Rangoon Lunatic Asylum 1878-1892 - 1878-1892
Year: 1878
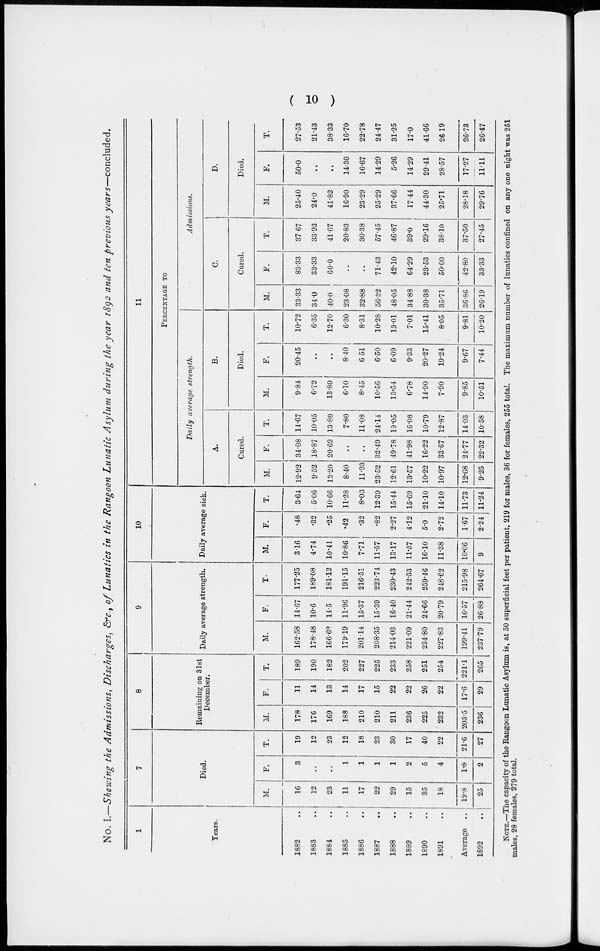
( 10 )
No. I.—Showing the Admissions, Discharges, &c., of Lunatics in the Rangoon Lunatic Asylum during the year 1892 and ten previous years—concluded.
1
Years.
1882 ..
1883 ..
1884 ..
1885 ..
1886 ..
1887 ..
1888 ..
1889
..
1890 ..
1891 ..
Average ..
1892 ..
7
Died.
M.
16
12
23
11
17
22
29
15
35
18
19.8
25
F.
3
..
..
1
1
1
1
2
5
4
1.8
2
T.
19
12
23
12
18
23
30
17
40
22
21.6
27
8
Remaining on 31st
December.
M.
178
176
169
188
210
210
211
236
225
232
203.5
236
F.
11
14
13
14
17
15
22
22
26
22
17.6
29
T.
189
190
182
202
227
225
233
258
251
254
221.1
265
9
Daily average strength.
M.
162.58
178.48
166.62
179.19
201.14
208.35
214.03
221.09
234.80
227.83
199.41
237.79
F.
14.67
10.6
14.5
11.96
15.37
15.39
16.40
21.44
24.66
20.79
16.57
26.88
T.
177.25
189.08
181.12
191.15
216.51
223.74
230.43
242.53
259.46
248.62
215.98
264.67
10
Daily average sick.
M.
3.16
4.74
10.41
10.86
7.71
11.57
13.17
11.57
16.10
11.38
10.06
9
F.
.48
.32
.25
.42
.32
.82
2.27
4.12
5.0
2.72
1.67
2.24
T.
3.64
5.06
10.66
11.28
8.03
12.39
15.44
15.69
21.10
14.10
11.73
11.24
11
PERCENTAGE TO
Daily average strength.
A.
Cured.
M.
12.92
9.52
13.20
8.40
11.93
23.52
12.61
13.57
10.22
10.97
12.68
9.25
F.
34.08
18.87
20.69
..
..
32.49
49.78
41.98
16.22
33.67
24.77
22.32
T.
14.67
10.05
13.80
7.80
11.08
24.14
19.05
16.08
10.79
12.87
14.03
10.58
B.
Died.
M.
9.84
6.72
13.80
6.10
8.45
10.56
13.54
6.78
14.90
7.90
9.85
10.51
F.
20.45
..
..
8.40
6.51
6.50
6.09
9.33
20.27
19.24
9.67
7.44
T.
10.72
6.35
12.70
6.30
8.31
10.28
13.01
7.01
15.41
8.05
9.81
10.20
Admissions.
C.
Cured.
M.
33.33
34.0
40.0
23.08
32.88
56.32
48.05
34.88
30.38
35.71
36.86
26.19
F.
83.33
33.33
60.0
..
..
71.43
42.10
64.29
23.53
50.00
42.80
33.33
T.
37.67
33.93
41.67
20.83
30.38
57.45
46.87
39.0
29.16
38.10
37.50
27.45
D.
Died.
M.
25.40
24.0
41.82
16.90
23.29
25.29
37.66
17.44
44.30
25.71
28.18
29.76
F.
50.0
..
..
14.30
16.67
14.29
5.26
14.29
29.41
28.57
17.27
11.11
T.
27.53
21.43
38.33
16.70
22.78
24.47
31.25
17.0
41.66
26.19
26.73
26.47
NOTE.—The capacity of the Rangoon Lunatic Asylum is, at 50 superficial feet per patient, 219 for males, 36 for females, 255 total. The maximum number of lunatics confined on any one night was 251
males, 28 females, 279 total.